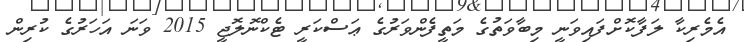
އެމެރިކާ ލަފާކޮށްފައިވަނީ މިބާވަތުގެ މަތީފެންވަރުގެ ޢަސްކަރީ ޓެކްނޮލޮޖީ 2015 ވަނަ އަހަރުގެ ކުރިން